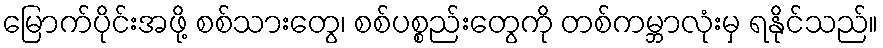
မြောက်ပိုင်းအဖို့ စစ်သားတွေ၊ စစ်ပစ္စည်းတွေကို တစ်ကမ္ဘာလုံးမှ ရနိုင်သည်။